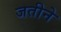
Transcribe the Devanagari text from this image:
जतीने